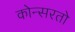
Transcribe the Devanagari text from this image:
कोन्सरतो